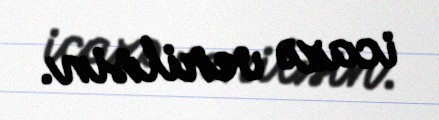
icazə verilsin.